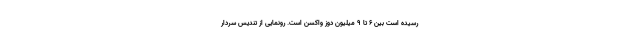
رسیده است بین ۶ تا ۹ میلیون دوز واکسن است. رونمایی از تندیس سردار